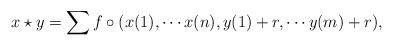
LaTeX: \begin{align*} x\star y= \sum f\circ (x(1),\cdots x(n),y(1)+r,\cdots y(m)+r), \end{align*}